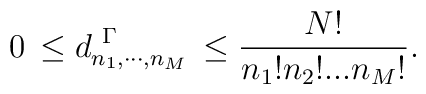
0 \,\leq d^{\ \Gamma}_{n_{1},\cdots, n_{M}}\, \leq \frac{N!}{n_{1}!n_{2}!...n_{M}!}.